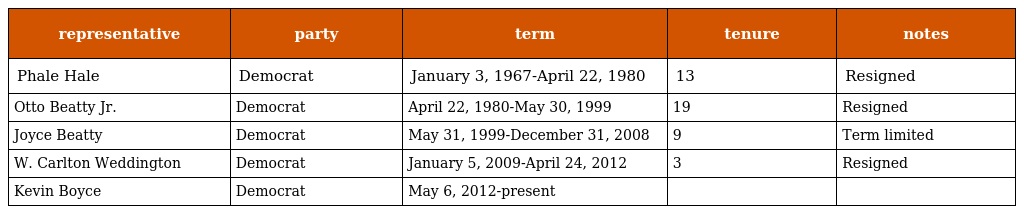
| representative | party | term | tenure | notes |
 | --- | --- | --- | --- | --- |
 | Phale Hale | Democrat | January 3, 1967-April 22, 1980 | 13 | Resigned |
 | Otto Beatty Jr. | Democrat | April 22, 1980-May 30, 1999 | 19 | Resigned |
 | Joyce Beatty | Democrat | May 31, 1999-December 31, 2008 | 9 | Term limited |
 | W. Carlton Weddington | Democrat | January 5, 2009-April 24, 2012 | 3 | Resigned |
 | Kevin Boyce | Democrat | May 6, 2012-present |  |  |